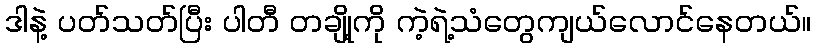
ဒါနဲ့ ပတ်သတ်ပြီး ပါတီ တချို့ကို ကဲ့ရဲ့သံတွေကျယ်လောင်နေတယ်။